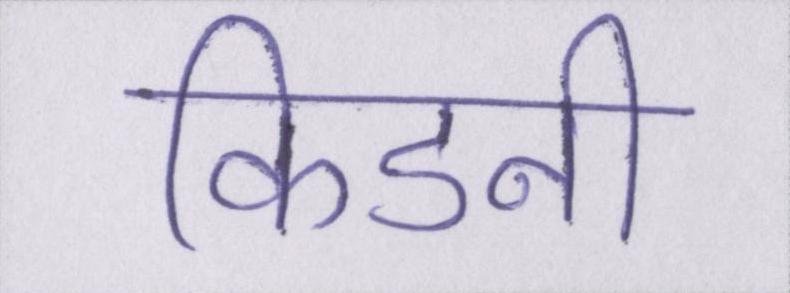
किडनी